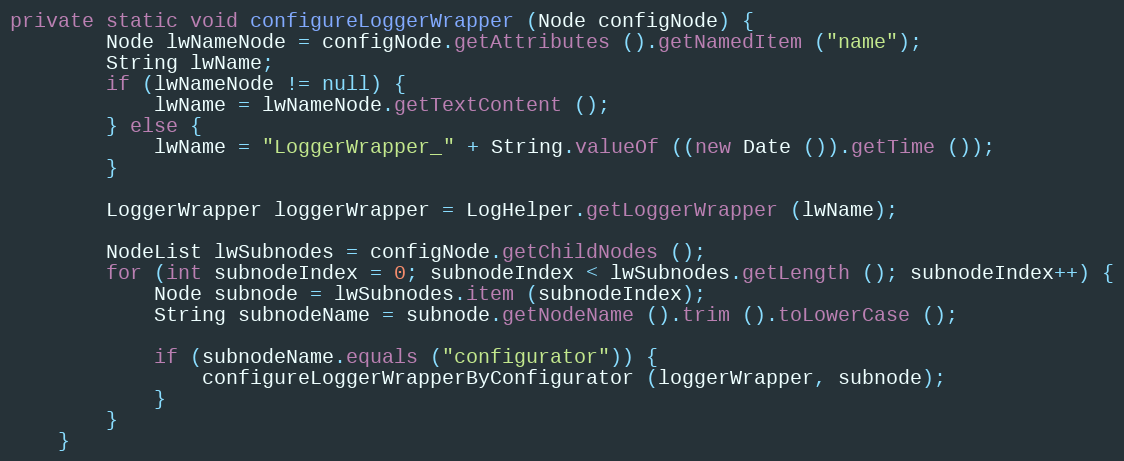
Language: Java
private static void configureLoggerWrapper (Node configNode) {
		Node lwNameNode = configNode.getAttributes ().getNamedItem ("name");
		String lwName;
		if (lwNameNode != null) {
			lwName = lwNameNode.getTextContent ();
		} else {
			lwName = "LoggerWrapper_" + String.valueOf ((new Date ()).getTime ());
		}

		LoggerWrapper loggerWrapper = LogHelper.getLoggerWrapper (lwName);

		NodeList lwSubnodes = configNode.getChildNodes ();
		for (int subnodeIndex = 0; subnodeIndex < lwSubnodes.getLength (); subnodeIndex++) {
			Node subnode = lwSubnodes.item (subnodeIndex);
			String subnodeName = subnode.getNodeName ().trim ().toLowerCase ();

			if (subnodeName.equals ("configurator")) {
				configureLoggerWrapperByConfigurator (loggerWrapper, subnode);
			}
		}
	}